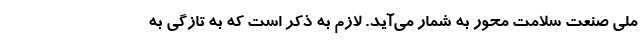
ملی صنعت سلامت محور به شمار می‌آید. لازم به ذکر است که به تازگی به